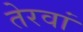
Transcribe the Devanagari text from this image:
तेरवां